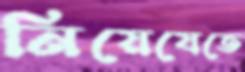
নিয়েযেতে